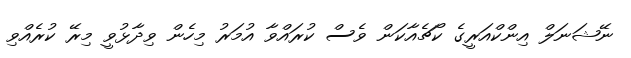
ނޭޝަނަލް އިންކްއަރީގެ ކޯޗެއާކަން ވެސް ކުރައްވާ އުމަރު މިހެން ވިދާޅުވީ މިރޭ ކުރެއްވި